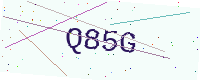
Text: Q85G